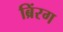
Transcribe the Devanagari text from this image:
ब्रिंरग